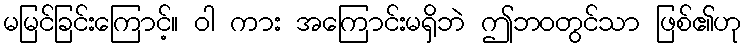
မမြင်ခြင်းကြောင့်။ ဝါ ကား အကြောင်းမရှိဘဲ ဤဘဝတွင်သာ ဖြစ်၏ဟု